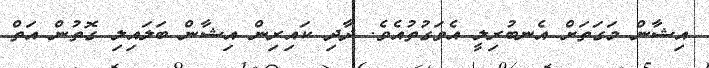
އިޝާން މަގަތަށް އެނބުރިލީ އެވަގުތުއެވެ. ދާދި ކައިރިން އިޝާން ބަލައިލި ގޮތުން އަތް